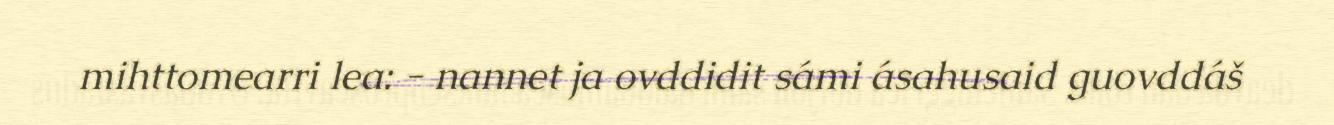
mihttomearri lea: - nannet ja ovddidit sámi ásahusaid guovddáš